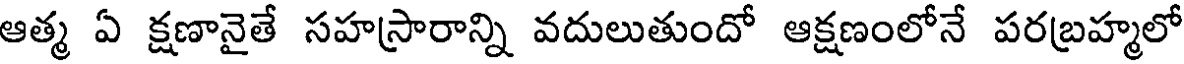
ఆత్మ ఏ క్షణానైతే సహస్రారాన్ని వదులుతుందో ఆక్షణంలోనే పరబ్రహ్మలో